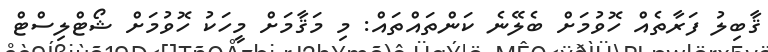
ޤާބިލު ފަރާތެއް ހޮވުމަށް ބެލޭނެ ކަންތައްތައް: މި މަޤާމަށް މީހަކު ހޮވުމަށް ޝޯޓްލިސްޓް